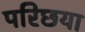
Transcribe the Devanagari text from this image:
परिछया